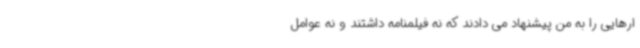
ارهایی را به من پیشنهاد می دادند که نه فیلمنامه داشتند و نه عوامل